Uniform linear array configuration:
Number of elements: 24
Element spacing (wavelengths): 0.25
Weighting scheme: hann
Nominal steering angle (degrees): -15
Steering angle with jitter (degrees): -13.977
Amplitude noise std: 0.05
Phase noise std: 0.05

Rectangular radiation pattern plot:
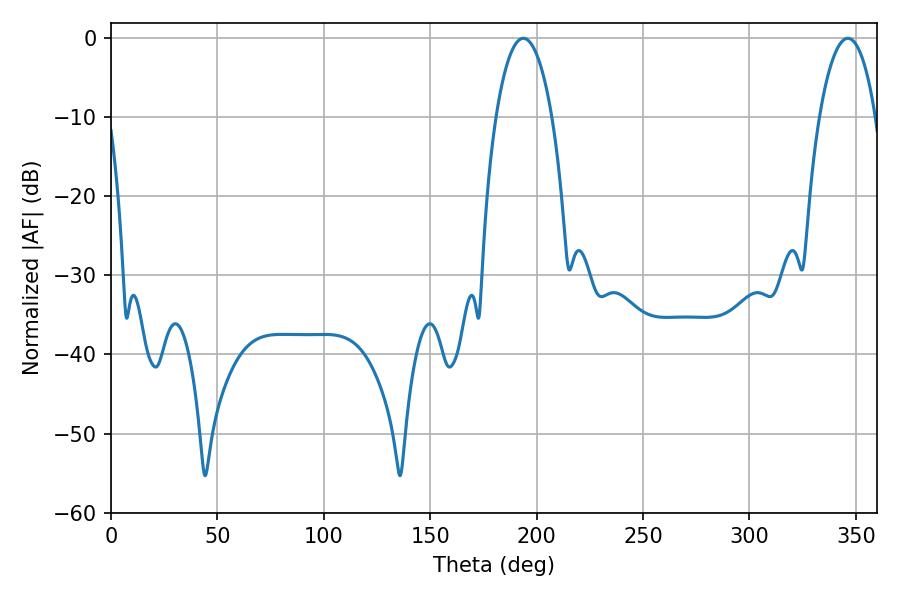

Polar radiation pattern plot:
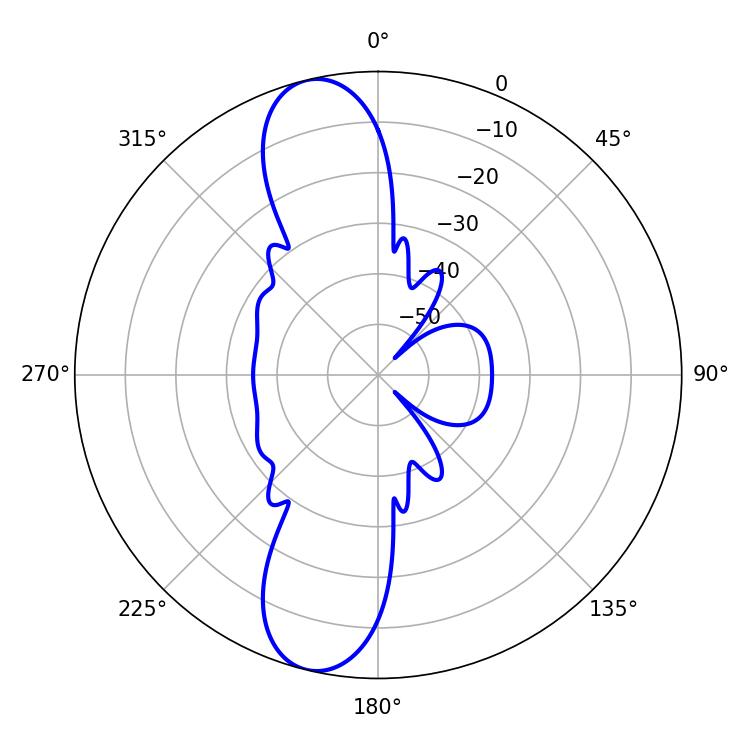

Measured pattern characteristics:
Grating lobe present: FALSE
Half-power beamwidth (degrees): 14.76
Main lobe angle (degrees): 193.68